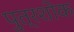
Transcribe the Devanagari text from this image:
पुत्रशोक